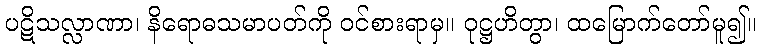
ပဋိသလ္လာဏာ၊ နိရောဓသမာပတ်ကို ဝင်စားရာမှ။ ဝုဋ္ဌဟိတွာ၊ ထမြောက်တော်မူ၍။